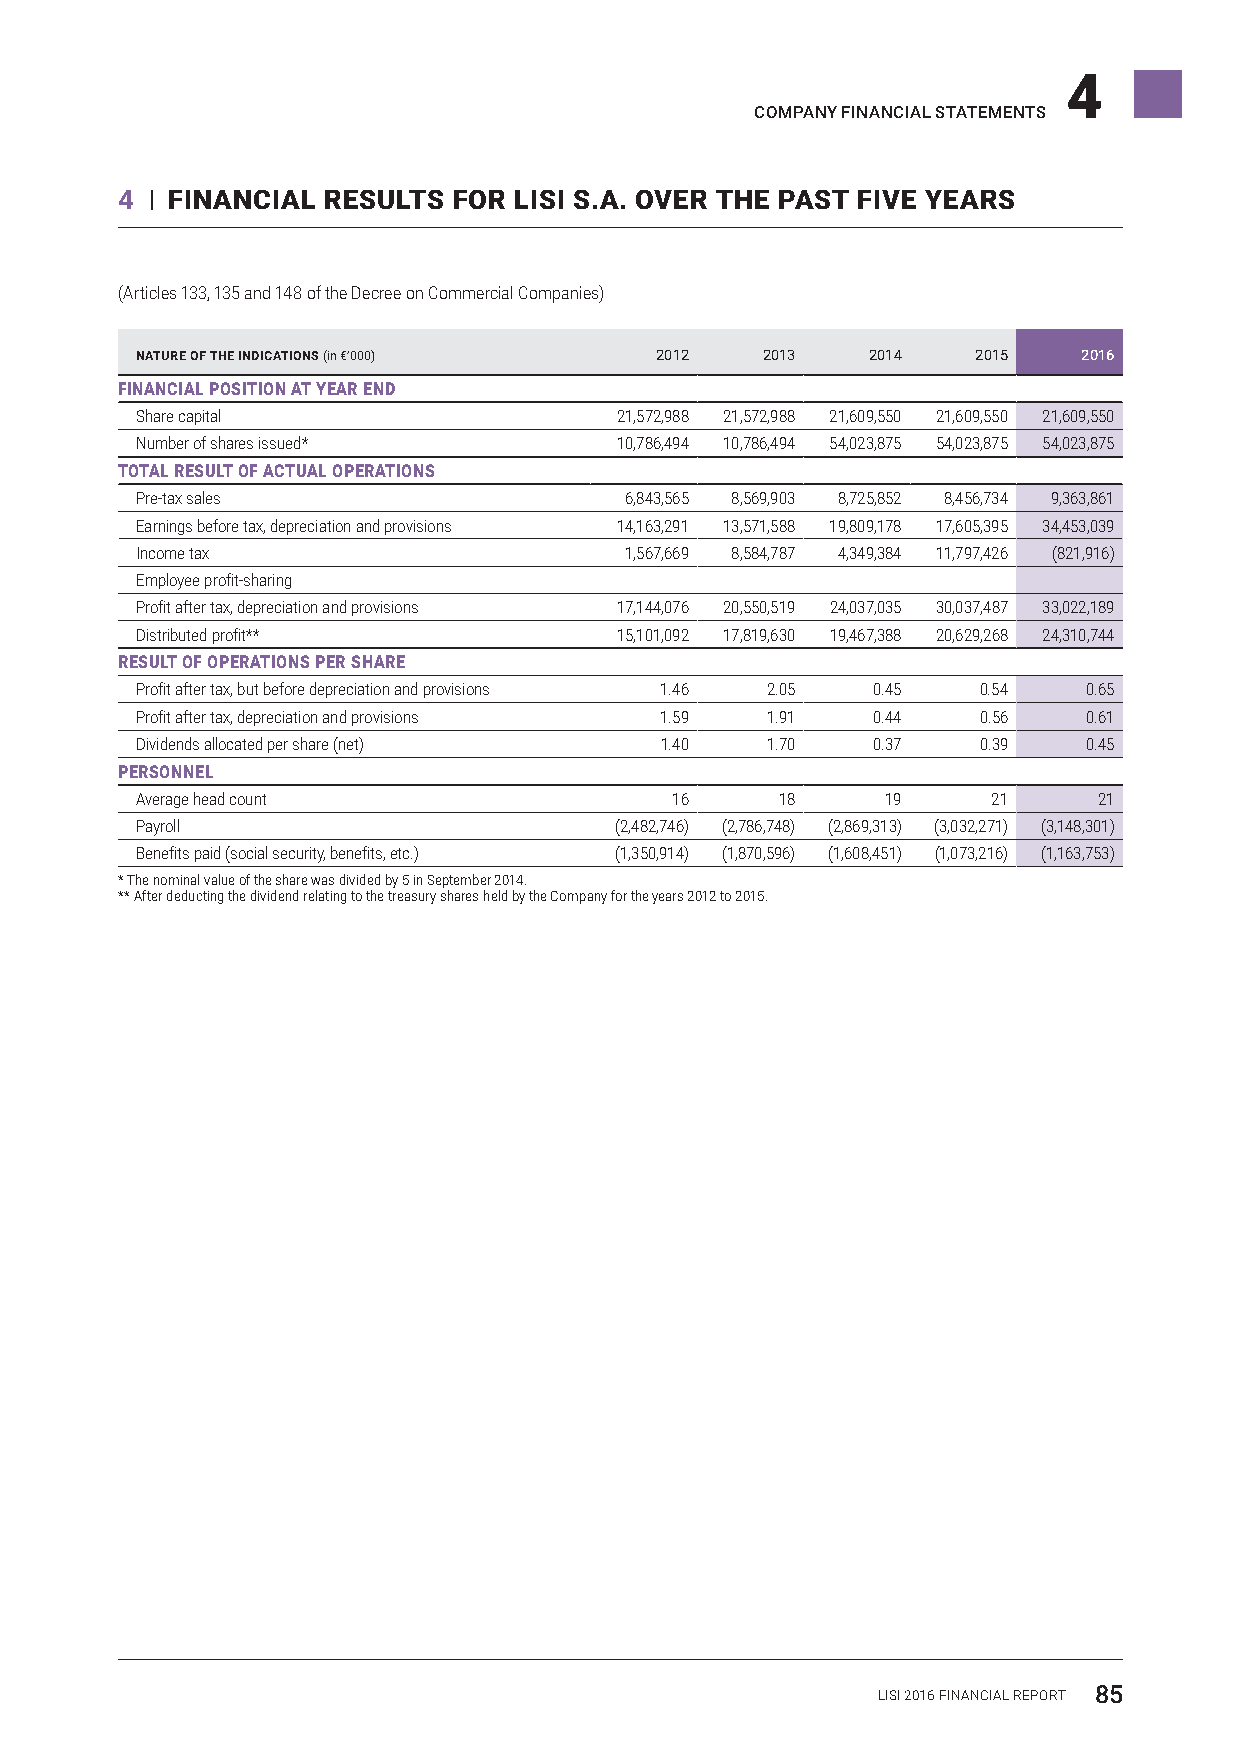
4
 COMPANY FINANCIAL STATEMENTS
 4 I FINANCIALRESULTSFOR LISIS.A.OVER THE PASTFIVE YEARS
 (Articles 133, 135 and 148 of the Decree on Commercial Companies)
 NATURE OF THE INDICATIONS (in €’000) 2012 2013  2014    2015   2016
 FINANCIAL POSITION AT YEAR END
 Share capital                   21,572,988 21,572,988 21,609,550 21,609,550 21,609,550
 Number of shares issued*        10,786,494 10,786,494 54,023,875 54,023,875 54,023,875
 TOTAL RESULT OF ACTUAL OPERATIONS
 Pre-tax sales                   6,843,565 8,569,903 8,725,852 8,456,734 9,363,861
 Earnings before tax, depreciation and provisions 14,163,291 13,571,588 19,809,178 17,605,395 34,453,039
 Income tax                      1,567,669 8,584,787 4,349,384 11,797,426 (821,916)
 Employee profit-sharing
 Profit after tax, depreciation and provisions 17,144,076 20,550,519 24,037,035 30,037,487 33,022,189
 Distributed profit**            15,101,092 17,819,630 19,467,388 20,629,268 24,310,744
 RESULT OF OPERATIONS PER SHARE
 Profit after tax, but before depreciation and provisions 1.46 2.05 0.45 0.54 0.65
 Profit after tax, depreciation and provisions 1.59 1.91 0.44 0.56 0.61
 Dividends allocated per share (net) 1.40  1.70   0.37   0.39   0.45
 PERSONNEL
 Average head count                 16      18     19     21     21
 Payroll                         (2,482,746) (2,786,748) (2,869,313) (3,032,271) (3,148,301)
 Benefits paid (social security, benefits, etc.) (1,350,914) (1,870,596) (1,608,451) (1,073,216) (1,163,753)
 * The nominal value of the share was divided by 5 in September 2014.
 ** After deducting the dividend relating to the treasury shares held by the Company for the years 2012 to 2015.
 LISI 2016 FINANCIAL REPORT 85